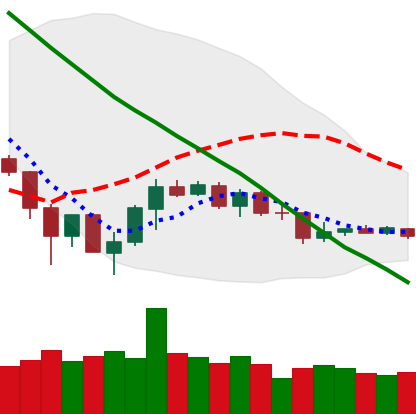
Ticker: TRX-USD
Chart end date: 2019-12-09
Forward return: -3.642%
Label: down_3_5